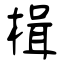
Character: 楫